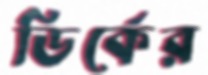
ডির্কের